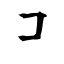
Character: コ